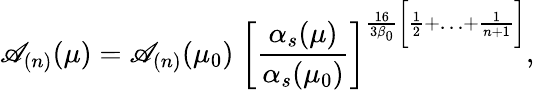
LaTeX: \mathscr{A}_{(n)}(\mu)=\mathscr{A}_{(n)}(\mu_{0})\; \biggl[\frac{{\alpha_{s}(\mu)}}{{\alpha_{s}(\mu_{0})}}\biggr]^{\frac{{16}}{{3\beta_{0}}}\bigg[\frac{{1}}{{2}}+\ldots+\frac{{1}}{{n+1}}\biggr]},